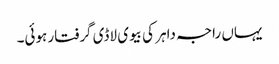
یہاں راجہ داہر کی بیوی لاڈی گرفتار ہوئی۔